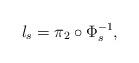
LaTeX: \begin{align*} l_s= \pi_2 \circ \Phi_s^{-1}, \end{align*}